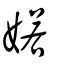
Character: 婼